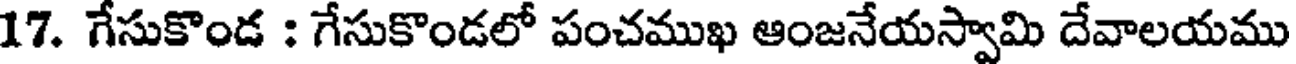
17. గేసుకొండ : గేసుకొండలో పంచముఖ ఆంజనేయస్వామి దేవాలయము